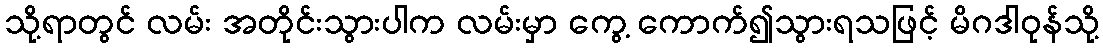
သို့ရာတွင် လမ်း အတိုင်းသွားပါက လမ်းမှာ ကွေ့ ကောက်၍သွားရသဖြင့် မိဂဒါဝုန်သို့